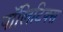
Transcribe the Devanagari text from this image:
पाॅलिटिक्स